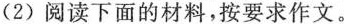
(2)阅读下面的材料，按要求作文。